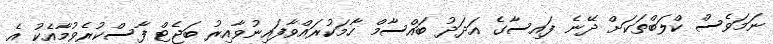
ނަމަވެސް ކްލަބްތަކަށް ދޭނެ ފައިސާގެ އަދަދު ބައްސާމް ހާމަކުރައްވާފައިނުވާއިރު ބަޖެޓް ފާސްކުރެވުމާއެކު އެ